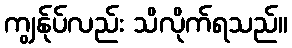
ကျွန်ုပ်လည်း သိလိုက်ရသည်။